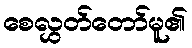
စေလွှတ်တော်မူ၏